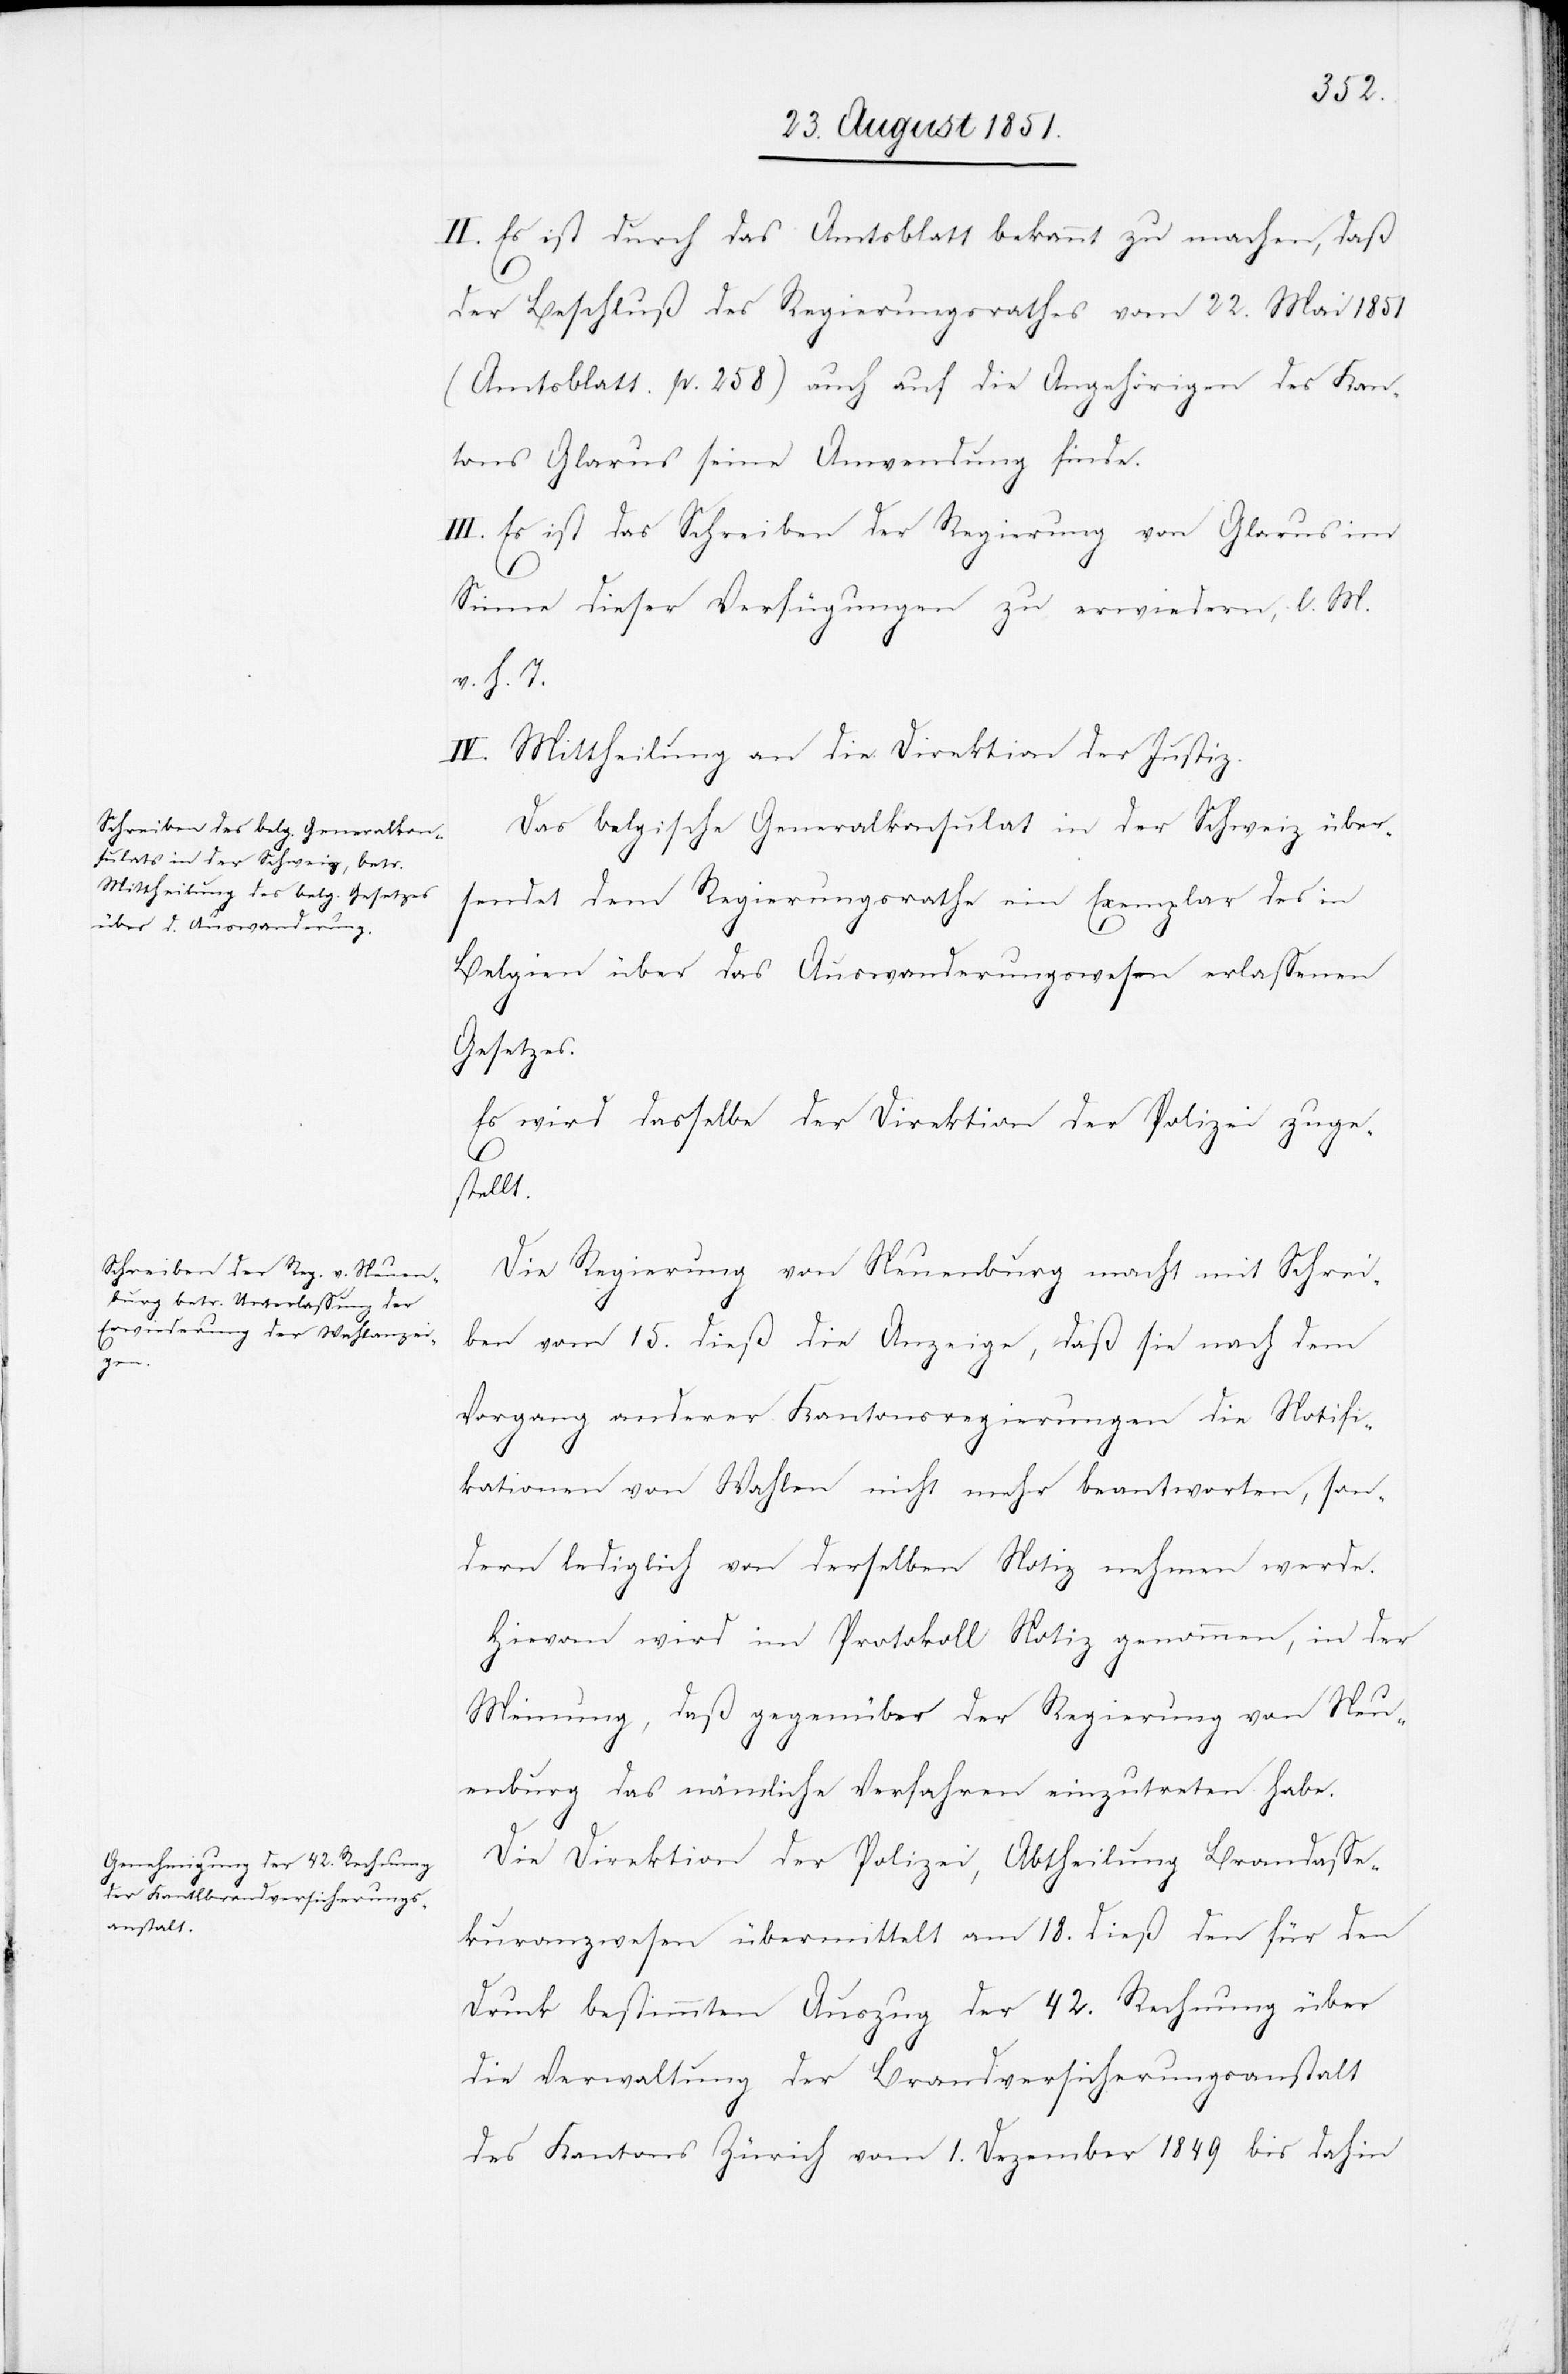
II. Es ist durch das Amtsblatt bekannt zu machen, daß
der Beschluß des Regierungsrathes vom 22. Mai 1851
(Amtsblatt. p. 258) auch auf die Angehörigen des Kan¬
tons Glarus seine Anwendung finde.
III. Es ist das Schreiben der Regierung von Glarus im
Sinne dieser Verfügungen zu erwiedern, l. M.
v. h. T.
IV. Mittheilung an die Direktion der Justiz.
Das belgische Generalkonsulat in der Schweiz über¬
sendet dem Regierungsrathe ein Exemplar des in
Belgien über das Auswanderungswesen erlassenen
Gesetzes.
Es wird dasselbe der Direktion der Polizei zuge¬
stellt.
Die Regierung von Neuenburg macht mit Schrei¬
ben vom 15. dieß die Anzeige, daß sie nach dem
Vorgang anderer Kantonsregierungen die Notifi¬
kationen von Wahlen nicht mehr beantworten, son¬
dern lediglich von derselben Notiz nehmen werde.
Hievon wird im Protokoll Notiz genommen, in der
Meinung, daß gegenüber der Regierung von Neu¬
enburg das nämliche Verfahren einzutreten habe.
Die Direktion der Polizei, Abtheilung Brandasse¬
kuranzwesen übermittelt am 18. dieß den für den
Druck bestimmten Auszug der 42. Rechnung über
die Verwaltung der Brandversicherungsanstalt
des Kantons Zürich vom 1. Dezember 1849 bis dahin